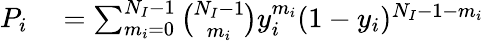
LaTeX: \begin{array}{rl}{P_{i}}&{{}=\sum_{m_{i}=0}^{N_{I}-1}\binom{N_{I}-1}{m_{i}}y_{i}^{m_{i}}(1-y_{i})^{N_{I}-1-m_{i}}}\end{array}